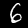
Label: 6